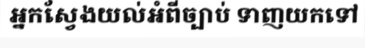
អ្នកស្វែងយល់អំពីច្បាប់ ទាញយកទៅ